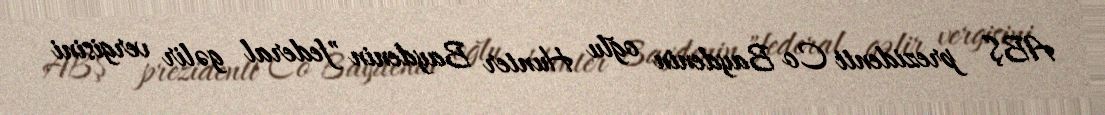
ABŞ prezidenti Co Baydenin oğlu Hunter Baydenin "federal gəlir vergisini